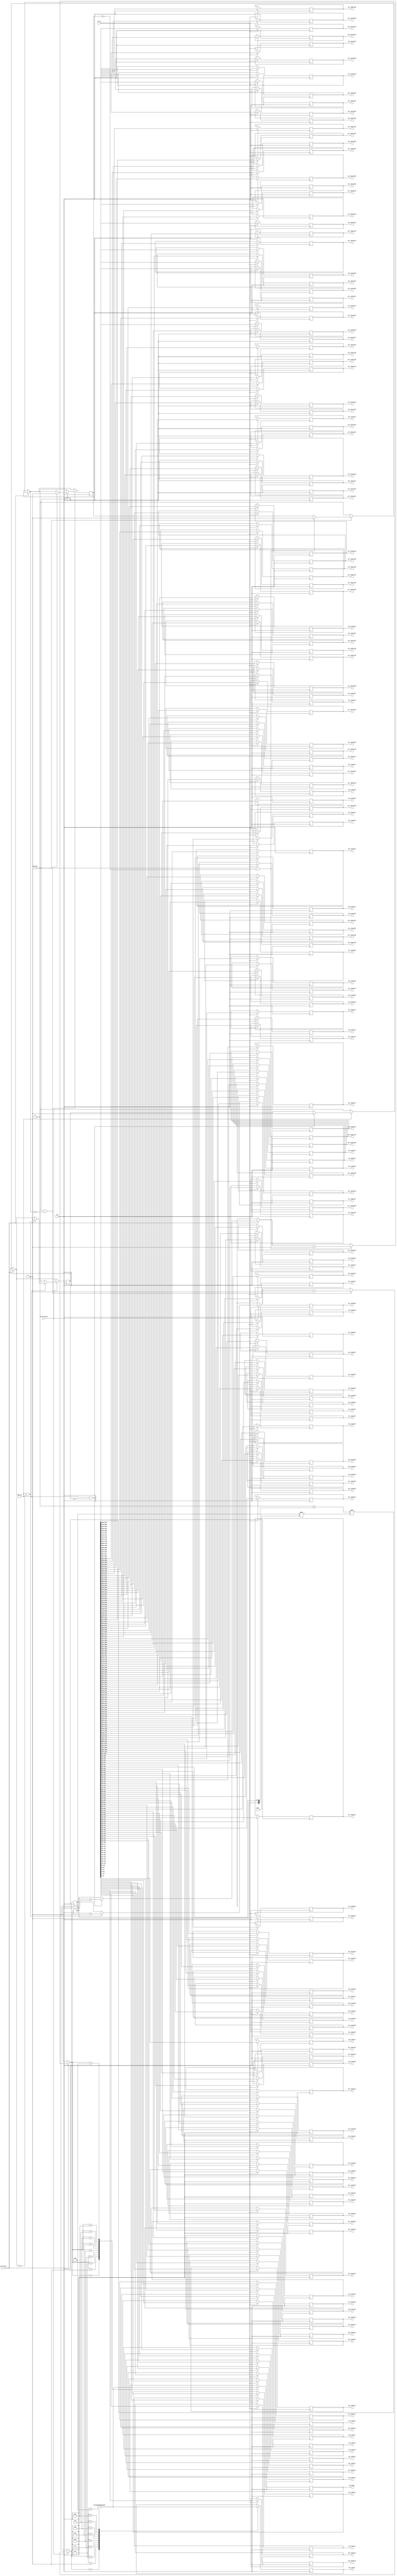
`define N 9		/*        */
`define N2 17   /*       - 1     K*2      (      )*/
`define K 8		//  1   N
`define BIT 8	//         ,  17   5

module select_data_169(
	clk,
	sw_on,			//       
	sw_sel_data,	//   
	sw_sel_router,	//       
	key_inc,			//   
	key_dec,			//   
	
	out_router1,	//     .
	out_router2,	//        
	out_router3,
	out_router4,
	out_router5,
	out_router6,
	out_router7,
	out_router8,
	out_router9,
	out_router10,
	out_router11,
	out_router12,
	out_router13,
	out_router14,
	out_router15,
	out_router16,
	out_router17,
	out_router18,
	out_router19,
	out_router20,
	out_router21,
	out_router22,
	out_router23,
	out_router24,
	out_router25,
	out_router26,
	out_router27,
	out_router28,
	out_router29,
	out_router30,
	out_router31,
	out_router32,
	out_router33,
	out_router34,
	out_router35,
	out_router36,
	out_router37,
	out_router38,
	out_router39,
	out_router40,
	out_router41,
	out_router42,
	out_router43,
	out_router44,
	out_router45,
	out_router46,
	out_router47,
	out_router48,
	out_router49,
	out_router50,
	out_router51,
	out_router52,
	out_router53,
	out_router54,
	out_router55,
	out_router56,
	out_router57,
	out_router58,
	out_router59,
	out_router60,
	out_router61,
	out_router62,
	out_router63,
	out_router64,
	out_router65,
	out_router66,
	out_router67,
	out_router68,
	out_router69,
	out_router70,
	out_router71,
	out_router72,
	out_router73,
	out_router74,
	out_router75,
	out_router76,
	out_router77,
	out_router78,
	out_router79,
	out_router80,
	out_router81,
	out_router82,
	out_router83,
	out_router84,
	out_router85,
	out_router86,
	out_router87,
	out_router88,
	out_router89,
	out_router90,
	out_router91,
	out_router92,
	out_router93,
	out_router94,
	out_router95,
	out_router96,
	out_router97,
	out_router98,
	out_router99,
	out_router100,
	out_router101,
	out_router102,
	out_router103,
	out_router104,
	out_router105,
	out_router106,
	out_router107,
	out_router108,
	out_router109,
	out_router110,
	out_router111,
	out_router112,
	out_router113,
	out_router114,
	out_router115,
	out_router116,
	out_router117,
	out_router118,
	out_router119,
	out_router120,
	out_router121,
	out_router122,
	out_router123,
	out_router124,
	out_router125,
	out_router126,
	out_router127,
	out_router128,
	out_router129,
	out_router130,
	out_router131,
	out_router132,
	out_router133,
	out_router134,
	out_router135,
	out_router136,
	out_router137,
	out_router138,
	out_router139,
	out_router140,
	out_router141,
	out_router142,
	out_router143,
	out_router144,
	out_router145,
	out_router146,
	out_router147,
	out_router148,
	out_router149,
	out_router150,
	out_router151,
	out_router152,
	out_router153,
	out_router154,
	out_router155,
	out_router156,
	out_router157,
	out_router158,
	out_router159,
	out_router160,
	out_router161,
	out_router162,
	out_router163,
	out_router164,
	out_router165,
	out_router166,
	out_router167,
	out_router168,
	out_router169,
	
	hex_data,
	hex_router
	
);
	input clk;
	input sw_on;
	input sw_sel_data;
	input sw_sel_router;
	input key_inc;
	input key_dec;
	
	output reg[`N2 - 1:0] out_router1;
	output reg[`N2 - 1:0] out_router2;
	output reg[`N2 - 1:0] out_router3;
	output reg[`N2 - 1:0] out_router4;
	output reg[`N2 - 1:0] out_router5;
	output reg[`N2 - 1:0] out_router6;
	output reg[`N2 - 1:0] out_router7;
	output reg[`N2 - 1:0] out_router8;
	output reg[`N2 - 1:0] out_router9;
	output reg[`N2 - 1:0] out_router10;
	output reg[`N2 - 1:0] out_router11;
	output reg[`N2 - 1:0] out_router12;
	output reg[`N2 - 1:0] out_router13;
	output reg[`N2 - 1:0] out_router14;
	output reg[`N2 - 1:0] out_router15;
	output reg[`N2 - 1:0] out_router16;
	output reg[`N2 - 1:0] out_router17;
	output reg[`N2 - 1:0] out_router18;
	output reg[`N2 - 1:0] out_router19;
	output reg[`N2 - 1:0] out_router20;
	output reg[`N2 - 1:0] out_router21;
	output reg[`N2 - 1:0] out_router22;
	output reg[`N2 - 1:0] out_router23;
	output reg[`N2 - 1:0] out_router24;
	output reg[`N2 - 1:0] out_router25;
	output reg[`N2 - 1:0] out_router26;
	output reg[`N2 - 1:0] out_router27;
	output reg[`N2 - 1:0] out_router28;
	output reg[`N2 - 1:0] out_router29;
	output reg[`N2 - 1:0] out_router30;
	output reg[`N2 - 1:0] out_router31;
	output reg[`N2 - 1:0] out_router32;
	output reg[`N2 - 1:0] out_router33;
	output reg[`N2 - 1:0] out_router34;
	output reg[`N2 - 1:0] out_router35;
	output reg[`N2 - 1:0] out_router36;
	output reg[`N2 - 1:0] out_router37;
	output reg[`N2 - 1:0] out_router38;
	output reg[`N2 - 1:0] out_router39;
	output reg[`N2 - 1:0] out_router40;
	output reg[`N2 - 1:0] out_router41;
	output reg[`N2 - 1:0] out_router42;
	output reg[`N2 - 1:0] out_router43;
	output reg[`N2 - 1:0] out_router44;
	output reg[`N2 - 1:0] out_router45;
	output reg[`N2 - 1:0] out_router46;
	output reg[`N2 - 1:0] out_router47;
	output reg[`N2 - 1:0] out_router48;
	output reg[`N2 - 1:0] out_router49;
	output reg[`N2 - 1:0] out_router50;
	output reg[`N2 - 1:0] out_router51;
	output reg[`N2 - 1:0] out_router52;
	output reg[`N2 - 1:0] out_router53;
	output reg[`N2 - 1:0] out_router54;
	output reg[`N2 - 1:0] out_router55;
	output reg[`N2 - 1:0] out_router56;
	output reg[`N2 - 1:0] out_router57;
	output reg[`N2 - 1:0] out_router58;
	output reg[`N2 - 1:0] out_router59;
	output reg[`N2 - 1:0] out_router60;
	output reg[`N2 - 1:0] out_router61;
	output reg[`N2 - 1:0] out_router62;
	output reg[`N2 - 1:0] out_router63;
	output reg[`N2 - 1:0] out_router64;
	output reg[`N2 - 1:0] out_router65;
	output reg[`N2 - 1:0] out_router66;
	output reg[`N2 - 1:0] out_router67;
	output reg[`N2 - 1:0] out_router68;
	output reg[`N2 - 1:0] out_router69;
	output reg[`N2 - 1:0] out_router70;
	output reg[`N2 - 1:0] out_router71;
	output reg[`N2 - 1:0] out_router72;
	output reg[`N2 - 1:0] out_router73;
	output reg[`N2 - 1:0] out_router74;
	output reg[`N2 - 1:0] out_router75;
	output reg[`N2 - 1:0] out_router76;
	output reg[`N2 - 1:0] out_router77;
	output reg[`N2 - 1:0] out_router78;
	output reg[`N2 - 1:0] out_router79;
	output reg[`N2 - 1:0] out_router80;
	output reg[`N2 - 1:0] out_router81;
	output reg[`N2 - 1:0] out_router82;
	output reg[`N2 - 1:0] out_router83;
	output reg[`N2 - 1:0] out_router84;
	output reg[`N2 - 1:0] out_router85;
	output reg[`N2 - 1:0] out_router86;
	output reg[`N2 - 1:0] out_router87;
	output reg[`N2 - 1:0] out_router88;
	output reg[`N2 - 1:0] out_router89;
	output reg[`N2 - 1:0] out_router90;
	output reg[`N2 - 1:0] out_router91;
	output reg[`N2 - 1:0] out_router92;
	output reg[`N2 - 1:0] out_router93;
	output reg[`N2 - 1:0] out_router94;
	output reg[`N2 - 1:0] out_router95;
	output reg[`N2 - 1:0] out_router96;
	output reg[`N2 - 1:0] out_router97;
	output reg[`N2 - 1:0] out_router98;
	output reg[`N2 - 1:0] out_router99;
	output reg[`N2 - 1:0] out_router100;
	output reg[`N2 - 1:0] out_router101;
	output reg[`N2 - 1:0] out_router102;
	output reg[`N2 - 1:0] out_router103;
	output reg[`N2 - 1:0] out_router104;
	output reg[`N2 - 1:0] out_router105;
	output reg[`N2 - 1:0] out_router106;
	output reg[`N2 - 1:0] out_router107;
	output reg[`N2 - 1:0] out_router108;
	output reg[`N2 - 1:0] out_router109;
	output reg[`N2 - 1:0] out_router110;
	output reg[`N2 - 1:0] out_router111;
	output reg[`N2 - 1:0] out_router112;
	output reg[`N2 - 1:0] out_router113;
	output reg[`N2 - 1:0] out_router114;
	output reg[`N2 - 1:0] out_router115;
	output reg[`N2 - 1:0] out_router116;
	output reg[`N2 - 1:0] out_router117;
	output reg[`N2 - 1:0] out_router118;
	output reg[`N2 - 1:0] out_router119;
	output reg[`N2 - 1:0] out_router120;
	output reg[`N2 - 1:0] out_router121;
	output reg[`N2 - 1:0] out_router122;
	output reg[`N2 - 1:0] out_router123;
	output reg[`N2 - 1:0] out_router124;
	output reg[`N2 - 1:0] out_router125;
	output reg[`N2 - 1:0] out_router126;
	output reg[`N2 - 1:0] out_router127;
	output reg[`N2 - 1:0] out_router128;
	output reg[`N2 - 1:0] out_router129;
	output reg[`N2 - 1:0] out_router130;
	output reg[`N2 - 1:0] out_router131;
	output reg[`N2 - 1:0] out_router132;
	output reg[`N2 - 1:0] out_router133;
	output reg[`N2 - 1:0] out_router134;
	output reg[`N2 - 1:0] out_router135;
	output reg[`N2 - 1:0] out_router136;
	output reg[`N2 - 1:0] out_router137;
	output reg[`N2 - 1:0] out_router138;
	output reg[`N2 - 1:0] out_router139;
	output reg[`N2 - 1:0] out_router140;
	output reg[`N2 - 1:0] out_router141;
	output reg[`N2 - 1:0] out_router142;
	output reg[`N2 - 1:0] out_router143;
	output reg[`N2 - 1:0] out_router144;
	output reg[`N2 - 1:0] out_router145;
	output reg[`N2 - 1:0] out_router146;
	output reg[`N2 - 1:0] out_router147;
	output reg[`N2 - 1:0] out_router148;
	output reg[`N2 - 1:0] out_router149;
	output reg[`N2 - 1:0] out_router150;
	output reg[`N2 - 1:0] out_router151;
	output reg[`N2 - 1:0] out_router152;
	output reg[`N2 - 1:0] out_router153;
	output reg[`N2 - 1:0] out_router154;
	output reg[`N2 - 1:0] out_router155;
	output reg[`N2 - 1:0] out_router156;
	output reg[`N2 - 1:0] out_router157;
	output reg[`N2 - 1:0] out_router158;
	output reg[`N2 - 1:0] out_router159;
	output reg[`N2 - 1:0] out_router160;
	output reg[`N2 - 1:0] out_router161;
	output reg[`N2 - 1:0] out_router162;
	output reg[`N2 - 1:0] out_router163;
	output reg[`N2 - 1:0] out_router164;
	output reg[`N2 - 1:0] out_router165;
	output reg[`N2 - 1:0] out_router166;
	output reg[`N2 - 1:0] out_router167;
	output reg[`N2 - 1:0] out_router168;
	output reg[`N2 - 1:0] out_router169;
	
	output reg[6:0] hex_data;
	output reg[6:0] hex_router;
	
	reg[`N2-2:0] data = `K'b00000;
	reg[`N2-2:0] router = `BIT'b00000;
	reg flag_key_inc = 1'b0;
	reg flag_key_dec = 1'b0;
	
	reg[2872:0] out_to_router;  //    N*  
	
	always@(posedge clk)
	begin
		if(sw_on == 1'b1)
		begin
			out_to_router = (2873'b0 + {1'b1, data}) << router*`N2;
			
			out_router1 = out_to_router[16:0];
			out_router2 = out_to_router[33:17];
			out_router3 = out_to_router[50:34];
			out_router4 = out_to_router[67:51];
			out_router5 = out_to_router[84:68];
			out_router6 = out_to_router[101:85];
			out_router7 = out_to_router[118:102];
			out_router8 = out_to_router[135:119];
			out_router9 = out_to_router[152:136];
			out_router10 = out_to_router[169:153];
			out_router11 = out_to_router[186:170];
			out_router12 = out_to_router[203:187];
			out_router13 = out_to_router[220:204];
			out_router14 = out_to_router[237:221];
			out_router15 = out_to_router[254:238];
			out_router16 = out_to_router[271:255];
			out_router17 = out_to_router[288:272];
			out_router18 = out_to_router[305:289];
			out_router19 = out_to_router[322:306];
			out_router20 = out_to_router[339:323];
			out_router21 = out_to_router[356:340];
			out_router22 = out_to_router[373:357];
			out_router23 = out_to_router[390:374];
			out_router24 = out_to_router[407:391];
			out_router25 = out_to_router[424:408];
			out_router26 = out_to_router[441:425];
			out_router27 = out_to_router[458:442];
			out_router28 = out_to_router[475:459];
			out_router29 = out_to_router[492:476];
			out_router30 = out_to_router[509:493];
			out_router31 = out_to_router[526:510];
			out_router32 = out_to_router[543:527];
			out_router33 = out_to_router[560:544];
			out_router34 = out_to_router[577:561];
			out_router35 = out_to_router[594:578];
			out_router36 = out_to_router[611:595];
			out_router37 = out_to_router[628:612];
			out_router38 = out_to_router[645:629];
			out_router39 = out_to_router[662:646];
			out_router40 = out_to_router[679:663];
			out_router41 = out_to_router[696:680];
			out_router42 = out_to_router[713:697];
			out_router43 = out_to_router[730:714];
			out_router44 = out_to_router[747:731];
			out_router45 = out_to_router[764:748];
			out_router46 = out_to_router[781:765];
			out_router47 = out_to_router[798:782];
			out_router48 = out_to_router[815:799];
			out_router49 = out_to_router[832:816];
			out_router50 = out_to_router[849:833];
			out_router51 = out_to_router[866:850];
			out_router52 = out_to_router[883:867];
			out_router53 = out_to_router[900:884];
			out_router54 = out_to_router[917:901];
			out_router55 = out_to_router[934:918];
			out_router56 = out_to_router[951:935];
			out_router57 = out_to_router[968:952];
			out_router58 = out_to_router[985:969];
			out_router59 = out_to_router[1002:986];
			out_router60 = out_to_router[1019:1003];
			out_router61 = out_to_router[1036:1020];
			out_router62 = out_to_router[1053:1037];
			out_router63 = out_to_router[1070:1054];
			out_router64 = out_to_router[1087:1071];
			out_router65 = out_to_router[1104:1088];
			out_router66 = out_to_router[1121:1105];
			out_router67 = out_to_router[1138:1122];
			out_router68 = out_to_router[1155:1139];
			out_router69 = out_to_router[1172:1156];
			out_router70 = out_to_router[1189:1173];
			out_router71 = out_to_router[1206:1190];
			out_router72 = out_to_router[1223:1207];
			out_router73 = out_to_router[1240:1224];
			out_router74 = out_to_router[1257:1241];
			out_router75 = out_to_router[1274:1258];
			out_router76 = out_to_router[1291:1275];
			out_router77 = out_to_router[1308:1292];
			out_router78 = out_to_router[1325:1309];
			out_router79 = out_to_router[1342:1326];
			out_router80 = out_to_router[1359:1343];
			out_router81 = out_to_router[1376:1360];
			out_router82 = out_to_router[1393:1377];
			out_router83 = out_to_router[1410:1394];
			out_router84 = out_to_router[1427:1411];
			out_router85 = out_to_router[1444:1428];
			out_router86 = out_to_router[1461:1445];
			out_router87 = out_to_router[1478:1462];
			out_router88 = out_to_router[1495:1479];
			out_router89 = out_to_router[1512:1496];
			out_router90 = out_to_router[1529:1513];
			out_router91 = out_to_router[1546:1530];
			out_router92 = out_to_router[1563:1547];
			out_router93 = out_to_router[1580:1564];
			out_router94 = out_to_router[1597:1581];
			out_router95 = out_to_router[1614:1598];
			out_router96 = out_to_router[1631:1615];
			out_router97 = out_to_router[1648:1632];
			out_router98 = out_to_router[1665:1649];
			out_router99 = out_to_router[1682:1666];
			out_router100 = out_to_router[1699:1683];
			out_router101 = out_to_router[1716:1700];
			out_router102 = out_to_router[1733:1717];
			out_router103 = out_to_router[1750:1734];
			out_router104 = out_to_router[1767:1751];
			out_router105 = out_to_router[1784:1768];
			out_router106 = out_to_router[1801:1785];
			out_router107 = out_to_router[1818:1802];
			out_router108 = out_to_router[1835:1819];
			out_router109 = out_to_router[1852:1836];
			out_router110 = out_to_router[1869:1853];
			out_router111 = out_to_router[1886:1870];
			out_router112 = out_to_router[1903:1887];
			out_router113 = out_to_router[1920:1904];
			out_router114 = out_to_router[1937:1921];
			out_router115 = out_to_router[1954:1938];
			out_router116 = out_to_router[1971:1955];
			out_router117 = out_to_router[1988:1972];
			out_router118 = out_to_router[2005:1989];
			out_router119 = out_to_router[2022:2006];
			out_router120 = out_to_router[2039:2023];
			out_router121 = out_to_router[2056:2040];
			out_router122 = out_to_router[2073:2057];
			out_router123 = out_to_router[2090:2074];
			out_router124 = out_to_router[2107:2091];
			out_router125 = out_to_router[2124:2108];
			out_router126 = out_to_router[2141:2125];
			out_router127 = out_to_router[2158:2142];
			out_router128 = out_to_router[2175:2159];
			out_router129 = out_to_router[2192:2176];
			out_router130 = out_to_router[2209:2193];
			out_router131 = out_to_router[2226:2210];
			out_router132 = out_to_router[2243:2227];
			out_router133 = out_to_router[2260:2244];
			out_router134 = out_to_router[2277:2261];
			out_router135 = out_to_router[2294:2278];
			out_router136 = out_to_router[2311:2295];
			out_router137 = out_to_router[2328:2312];
			out_router138 = out_to_router[2345:2329];
			out_router139 = out_to_router[2362:2346];
			out_router140 = out_to_router[2379:2363];
			out_router141 = out_to_router[2396:2380];
			out_router142 = out_to_router[2413:2397];
			out_router143 = out_to_router[2430:2414];
			out_router144 = out_to_router[2447:2431];
			out_router145 = out_to_router[2464:2448];
			out_router146 = out_to_router[2481:2465];
			out_router147 = out_to_router[2498:2482];
			out_router148 = out_to_router[2515:2499];
			out_router149 = out_to_router[2532:2516];
			out_router150 = out_to_router[2549:2533];
			out_router151 = out_to_router[2566:2550];
			out_router152 = out_to_router[2583:2567];
			out_router153 = out_to_router[2600:2584];
			out_router154 = out_to_router[2617:2601];
			out_router155 = out_to_router[2634:2618];
			out_router156 = out_to_router[2651:2635];
			out_router157 = out_to_router[2668:2652];
			out_router158 = out_to_router[2685:2669];
			out_router159 = out_to_router[2702:2686];
			out_router160 = out_to_router[2719:2703];
			out_router161 = out_to_router[2736:2720];
			out_router162 = out_to_router[2753:2737];
			out_router163 = out_to_router[2770:2754];
			out_router164 = out_to_router[2787:2771];
			out_router165 = out_to_router[2804:2788];
			out_router166 = out_to_router[2821:2805];
			out_router167 = out_to_router[2838:2822];
			out_router168 = out_to_router[2855:2839];
			out_router169 = out_to_router[2872:2856];
		end
		else
		begin
			out_to_router = 2873'b0;
		end
		
		if(sw_sel_data == 1'b1)
		begin
			if(key_inc == 1'b1 && flag_key_inc == 1'b0)
			begin
				data = data + 1'b1;
				flag_key_inc = 1'b1;
			end
			if(key_inc == 1'b0)
			begin
				flag_key_inc = 1'b0;
			end
			if(key_dec == 1'b1 && flag_key_dec == 1'b0)
			begin
				data = data - 1'b1;
				flag_key_dec = 1'b1;
			end
			if(key_dec == 1'b0)
			begin
				flag_key_dec = 1'b0;
			end
		end
		
		if(sw_sel_router == 1'b1)
		begin
			if(key_inc == 1'b1 && flag_key_inc == 1'b0)
			begin
				router = router + 1'b1;
				flag_key_inc = 1'b1;
			end
			if(key_inc == 1'b0)
			begin
				flag_key_inc = 1'b0;
			end
			if(key_dec == 1'b1 && flag_key_dec == 1'b0)
			begin
				router = router - 1'b1;
				flag_key_dec = 1'b1;
			end
			if(key_dec == 1'b0)
			begin
				flag_key_dec = 1'b0;
			end
		end

//================================================================================
//================================================================================
		case(data)
			5'b00000:
				hex_data = ~7'b1111110;		//0
			5'b00001:
				hex_data = ~7'b0110000;		//1
			5'b00010:
				hex_data = ~7'b1101101;		//2
			5'b00011:
				hex_data = ~7'b1111001;		//3
			5'b00100:
				hex_data = ~7'b0110011;		//4
			5'b00101:
				hex_data = ~7'b1011011;		//5
			5'b00110:
				hex_data = ~7'b1011111;		//6
			5'b00111:
				hex_data = ~7'b1110000;		//7
			5'b01000:
				hex_data = ~7'b1111111;		//8
			5'b01001:
				hex_data = ~7'b1111011;		//9
		endcase
		
		case(router)
			5'b00000:
				hex_router = ~7'b1111110;	//0
			5'b00001:
				hex_router = ~7'b0110000;	//1
			5'b00010:
				hex_router = ~7'b1101101;	//2
			5'b00011:
				hex_router = ~7'b1111001;	//3
			5'b00100:
				hex_router = ~7'b0110011;	//4
			5'b00101:
				hex_router = ~7'b1011011;	//5
			5'b00110:
				hex_router = ~7'b1011111;	//6
			5'b00111:
				hex_router = ~7'b1110000;	//7
			5'b01000:
				hex_router = ~7'b1111111;	//8
			5'b01001:
				hex_router = ~7'b1111011;	//9
		endcase
	end
	
endmodule